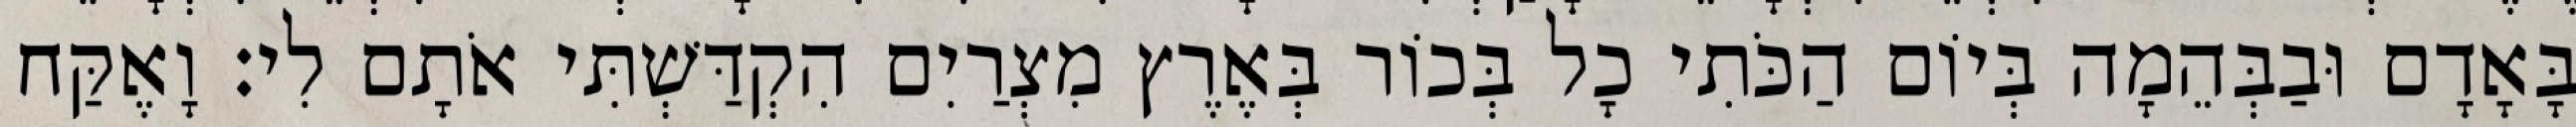
בָּאָדָם וּבַבְּהֵמָה בְּיוֹם הַכֹּתִי כָל בְּכוֹר בְּאֶרֶץ מִצְרַיִם הִקְדַּשְׁתִּי אֹתָם לִי׃ וָאֶקַּח